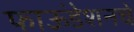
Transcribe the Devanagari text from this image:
फाऊंडेशनचे